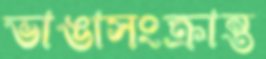
ভাঙাসংক্রান্ত